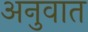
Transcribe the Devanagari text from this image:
अनुवात